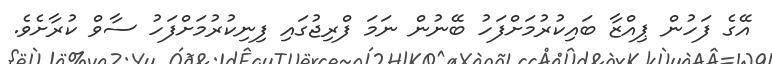
އޭގެ ފަހުން ޕިއްޒާ ބައިކުރުމަށްފަހު ބޭނުން ނަމަ ފްރިޖުގައި ފިނިކުރުމަށްފަހު ސާވް ކުރާށެވެ.